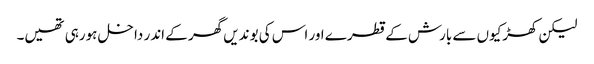
لیکن کھڑکیوں سے بارش کے قطرے اور اس کی بوندیں گھر کے اندر داخل ہورہی تھیں۔